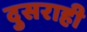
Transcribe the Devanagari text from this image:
दुसराही